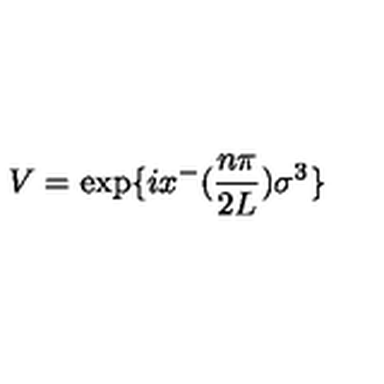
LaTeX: V = \exp \{ i x ^ { - } ( { \frac { n \pi } { 2 L } } ) { \sigma } ^ { 3 } \}